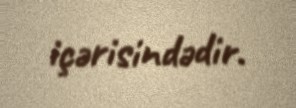
içərisindədir.